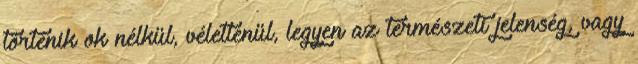
történik ok nélkül, véletlenül, legyen az természeti jelenség, vagy